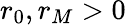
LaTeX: r_{0},r_{M}>0